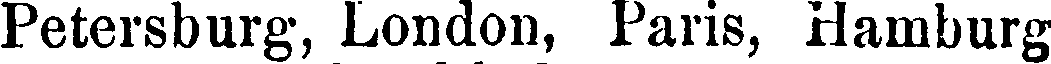
Petersburg, London, Paris, Hamburg